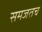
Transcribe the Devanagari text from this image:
समजतच